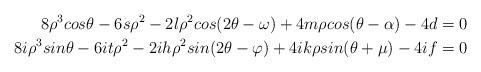
LaTeX: \begin{align*}8\rho^3 cos\theta -6s\rho^2-2l\rho^2cos(2\theta - \omega)+4m\rho cos(\theta-\alpha)-4d=0 \\8i\rho^3 sin\theta -6it\rho^2-2ih\rho^2sin(2\theta - \varphi)+4ik\rho sin(\theta+\mu)-4if=0 \end{align*}